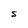
Character: S